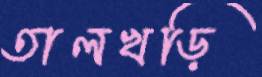
তালখড়ি